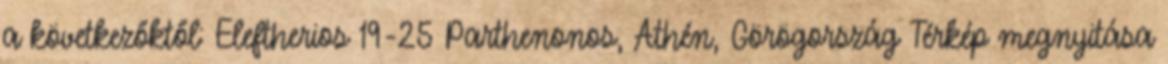
a következőktől: Eleftherios 19-25 Parthenonos, Athén, Görögország Térkép megnyitása